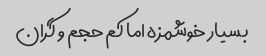
بسیار خوشمزه اما کم حجم و گران